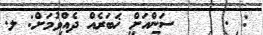
: .     ސަންއަށް ޚަބަރެއް ދެއްވުމަށް: ލ.